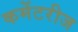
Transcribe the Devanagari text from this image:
कमेंटरीज